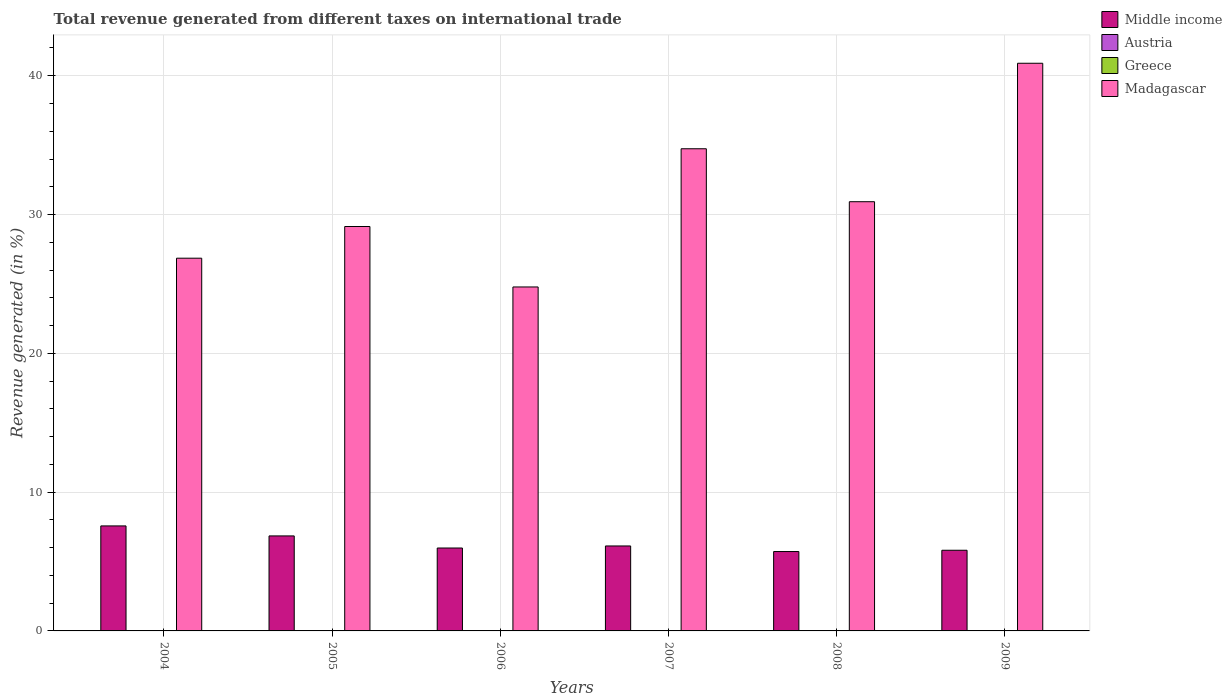
| Years | Middle income | Austria | Greece | Madagascar |
 | --- | --- | --- | --- | --- |
 | 2004 | 7.57 | 0.00433 | 0.0145 | 26.9 |
 | 2005 | 6.84 | 0.00154 | 0.00409 | 29.1 |
 | 2006 | 5.97 | 7.23e-05 | 0.00501 | 24.8 |
 | 2007 | 6.12 | -0.00745 | 0.00789 | 34.7 |
 | 2008 | 5.72 | -0.0194 | 0.00216 | 30.9 |
 | 2009 | 5.81 | 6.93e-05 | 0.00116 | 40.9 |